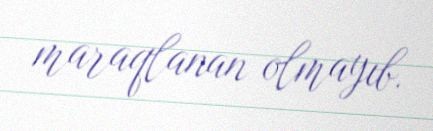
maraqlanan olmayıb.